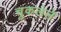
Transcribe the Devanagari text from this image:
चुकलेले